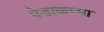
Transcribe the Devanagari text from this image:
पेडाकम्मा